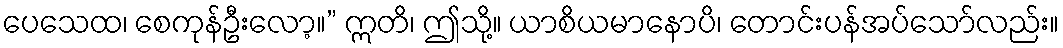
ပေသေထ၊ စေကုန်ဦးလော့။” ဣတိ၊ ဤသို့။ ယာစိယမာနောပိ၊ တောင်းပန်အပ်သော်လည်း။